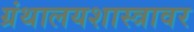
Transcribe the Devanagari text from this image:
ग्रंथालयशास्त्रावर